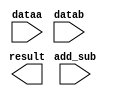
// megafunction wizard: %LPM_ADD_SUB%VBB%
// GENERATION: STANDARD
// VERSION: WM1.0
// MODULE: LPM_ADD_SUB 

// ============================================================
// Megafunction Name(s):
// 			LPM_ADD_SUB
//
// Simulation Library Files(s):
// 			lpm
// ============================================================
// ************************************************************
// THIS IS A WIZARD-GENERATED FILE. DO NOT EDIT THIS FILE!
//
// 20.1.1 Build 720 11/11/2020 SJ Lite Edition
// ************************************************************

//Copyright (C) 2020  Intel Corporation. All rights reserved.
//Your use of Intel Corporation's design tools, logic functions 
//and other software and tools, and any partner logic 
//functions, and any output files from any of the foregoing 
//(including device programming or simulation files), and any 
//associated documentation or information are expressly subject 
//to the terms and conditions of the Intel Program License 
//Subscription Agreement, the Intel Quartus Prime License Agreement,
//the Intel FPGA IP License Agreement, or other applicable license
//agreement, including, without limitation, that your use is for
//the sole purpose of programming logic devices manufactured by
//Intel and sold by Intel or its authorized distributors.  Please
//refer to the applicable agreement for further details, at
//https://fpgasoftware.intel.com/eula.

module lpm_addsub (
	add_sub,
	dataa,
	datab,
	result);

	input	  add_sub;
	input	[17:0]  dataa;
	input	[17:0]  datab;
	output	[17:0]  result;

endmodule

// ============================================================
// CNX file retrieval info
// ============================================================
// Retrieval info: PRIVATE: CarryIn NUMERIC "0"
// Retrieval info: PRIVATE: CarryOut NUMERIC "0"
// Retrieval info: PRIVATE: ConstantA NUMERIC "0"
// Retrieval info: PRIVATE: ConstantB NUMERIC "0"
// Retrieval info: PRIVATE: Function NUMERIC "2"
// Retrieval info: PRIVATE: INTENDED_DEVICE_FAMILY STRING "Cyclone V"
// Retrieval info: PRIVATE: LPM_PIPELINE NUMERIC "1"
// Retrieval info: PRIVATE: Latency NUMERIC "0"
// Retrieval info: PRIVATE: Overflow NUMERIC "0"
// Retrieval info: PRIVATE: RadixA NUMERIC "10"
// Retrieval info: PRIVATE: RadixB NUMERIC "10"
// Retrieval info: PRIVATE: Representation NUMERIC "0"
// Retrieval info: PRIVATE: SYNTH_WRAPPER_GEN_POSTFIX STRING "0"
// Retrieval info: PRIVATE: ValidCtA NUMERIC "0"
// Retrieval info: PRIVATE: ValidCtB NUMERIC "0"
// Retrieval info: PRIVATE: WhichConstant NUMERIC "0"
// Retrieval info: PRIVATE: aclr NUMERIC "0"
// Retrieval info: PRIVATE: clken NUMERIC "0"
// Retrieval info: PRIVATE: nBit NUMERIC "18"
// Retrieval info: PRIVATE: new_diagram STRING "1"
// Retrieval info: LIBRARY: lpm lpm.lpm_components.all
// Retrieval info: CONSTANT: LPM_DIRECTION STRING "UNUSED"
// Retrieval info: CONSTANT: LPM_HINT STRING "ONE_INPUT_IS_CONSTANT=NO,CIN_USED=NO"
// Retrieval info: CONSTANT: LPM_REPRESENTATION STRING "SIGNED"
// Retrieval info: CONSTANT: LPM_TYPE STRING "LPM_ADD_SUB"
// Retrieval info: CONSTANT: LPM_WIDTH NUMERIC "18"
// Retrieval info: USED_PORT: add_sub 0 0 0 0 INPUT NODEFVAL "add_sub"
// Retrieval info: USED_PORT: dataa 0 0 18 0 INPUT NODEFVAL "dataa[17..0]"
// Retrieval info: USED_PORT: datab 0 0 18 0 INPUT NODEFVAL "datab[17..0]"
// Retrieval info: USED_PORT: result 0 0 18 0 OUTPUT NODEFVAL "result[17..0]"
// Retrieval info: CONNECT: @add_sub 0 0 0 0 add_sub 0 0 0 0
// Retrieval info: CONNECT: @dataa 0 0 18 0 dataa 0 0 18 0
// Retrieval info: CONNECT: @datab 0 0 18 0 datab 0 0 18 0
// Retrieval info: CONNECT: result 0 0 18 0 @result 0 0 18 0
// Retrieval info: GEN_FILE: TYPE_NORMAL lpm_addsub.v TRUE
// Retrieval info: GEN_FILE: TYPE_NORMAL lpm_addsub.inc TRUE
// Retrieval info: GEN_FILE: TYPE_NORMAL lpm_addsub.cmp TRUE
// Retrieval info: GEN_FILE: TYPE_NORMAL lpm_addsub.bsf TRUE
// Retrieval info: GEN_FILE: TYPE_NORMAL lpm_addsub_inst.v TRUE
// Retrieval info: GEN_FILE: TYPE_NORMAL lpm_addsub_bb.v TRUE
// Retrieval info: LIB_FILE: lpm